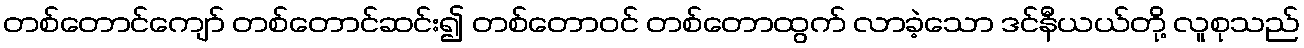
တစ်တောင်ကျော် တစ်တောင်ဆင်း၍ တစ်တောဝင် တစ်တောထွက် လာခဲ့သော ဒင်နီယယ်တို့ လူစုသည်